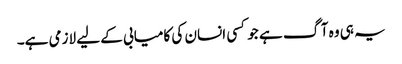
یہ ہی وہ آگ ہے جو کسی انسان کی کامیابی کے لیے لازمی ہے۔